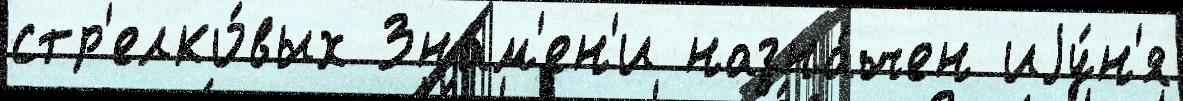
стр'елко́вых Зна́м'ен'и назна́чен иjу́н'я